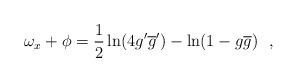
LaTeX: \begin{align*}\omega_x + \phi=\frac{1}{2}\ln(4g'\overline{g}')-\ln(1-g\overline{g})~~,\end{align*}